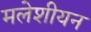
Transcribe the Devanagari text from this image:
मलेशीयन